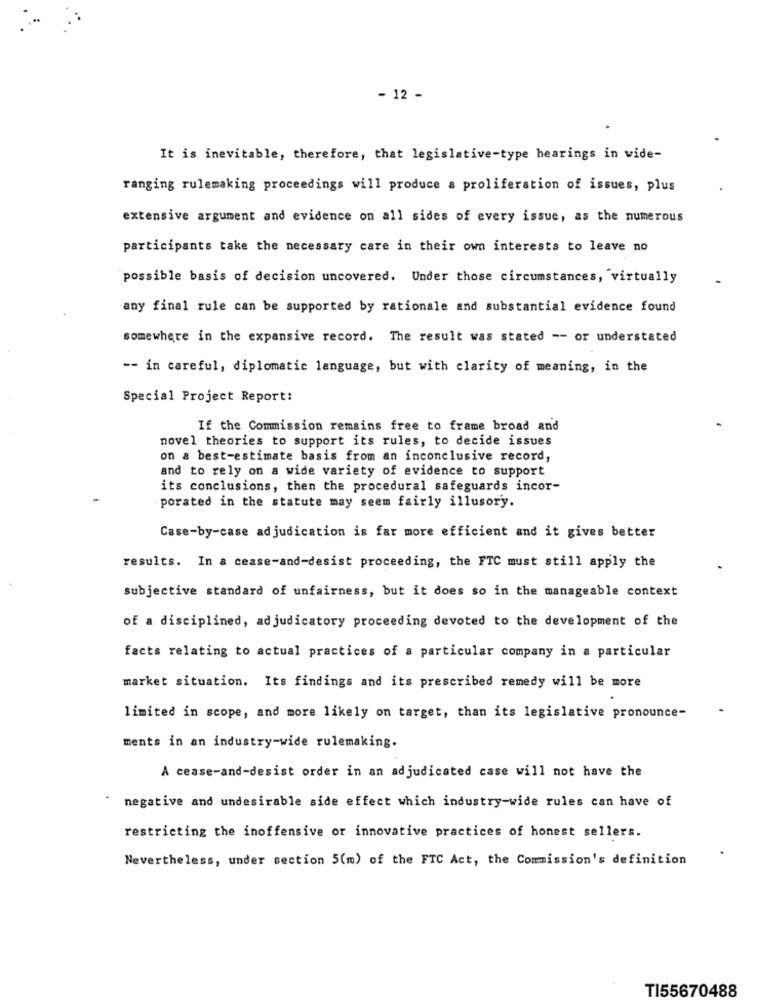
- 12 -
It is inevitable, therefore, that legislative-type hearings in wide-
ranging rulemaking proceedings will produce a proliferation of issues, plus
extensive argument and evidence on all sides of every issue, as the numerous
participants take the necessary care in their own interests to leave no
possible basis of decision uncovered. Under those circumstances, virtually
any final rule can be supported by rationale and substantial evidence found
somewhere in the expansive record. The result was stated -- or understated
-- in careful, diplomatic language, but with clarity of meaning, in the
Special Project Report:
If the Commission remains free to frame broad and
novel theories to support its rules, to decide issues
on & best-estimate basis from an inconclusive record,
and to rely on a wide variety of evidence to support
its conclusions, then the procedural safeguards incor-
porated in the statute may seem fairly illusory.
Case-by-case adjudication is far more efficient and it gives better
results. In a cease-and-desist proceeding, the FTC must still apply the
subjective standard of unfairness, but it does so in the manageable context
of a disciplined, adjudicatory proceeding devoted to the development of the
facts relating to actual practices of a particular company in a particular
market situation. Its findings and its prescribed remedy will be more
limited in scope, and more likely on target, than its legislative pronounce-
ments in an industry-wide rulemaking.
A cease-and-desist order in an adjudicated case will not have the
negative and undesirable side effect which industry-wide rules can have of
restricting the inoffensive or innovative practices of honest sellers.
Nevertheless, under section 5(m) of the FTC Act, the Commission's definition
TI55670488